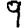
Digit: 9